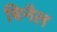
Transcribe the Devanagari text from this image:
बिनैल